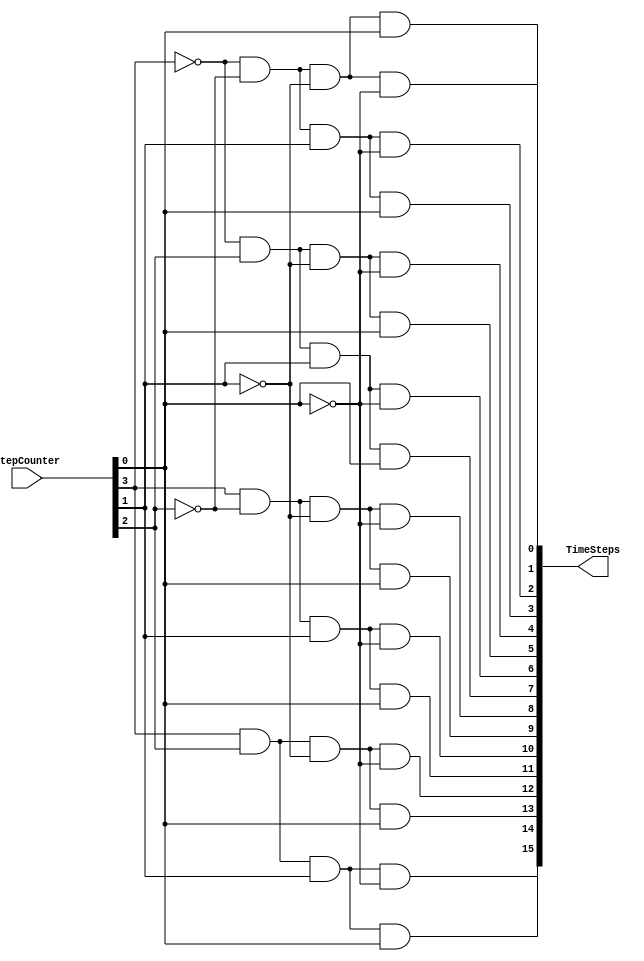
module StepDecoder(output [15:0] TimeSteps, input [3:0]StepCounter);
		
		and and1(TimeSteps[0], ~StepCounter[3], ~StepCounter[2], ~StepCounter[1], ~StepCounter[0]);
		and and2(TimeSteps[1], ~StepCounter[3], ~StepCounter[2], ~StepCounter[1], StepCounter[0]);
		and and3(TimeSteps[2], ~StepCounter[3], ~StepCounter[2], StepCounter[1], ~StepCounter[0]);
		and and4(TimeSteps[3], ~StepCounter[3], ~StepCounter[2], StepCounter[1], StepCounter[0]);
		and and5(TimeSteps[4], ~StepCounter[3], StepCounter[2], ~StepCounter[1], ~StepCounter[0]);
		and and6(TimeSteps[5], ~StepCounter[3], StepCounter[2], ~StepCounter[1], StepCounter[0]);
		and and7(TimeSteps[6], ~StepCounter[3], StepCounter[2], StepCounter[1], ~StepCounter[0]);
		and and8(TimeSteps[7], ~StepCounter[3], StepCounter[2], StepCounter[1], StepCounter[0]);
		and and9(TimeSteps[8], StepCounter[3], ~StepCounter[2], ~StepCounter[1], ~StepCounter[0]);
		and and10(TimeSteps[9], StepCounter[3], ~StepCounter[2], ~StepCounter[1], StepCounter[0]);
		and and11(TimeSteps[10], StepCounter[3], ~StepCounter[2], StepCounter[1], ~StepCounter[0]);
		and and12(TimeSteps[11], StepCounter[3], ~StepCounter[2], StepCounter[1], StepCounter[0]);
		and and13(TimeSteps[12], StepCounter[3], StepCounter[2], ~StepCounter[1], ~StepCounter[0]);
		and and14(TimeSteps[13], StepCounter[3], StepCounter[2], ~StepCounter[1], StepCounter[0]);
		and and15(TimeSteps[14], StepCounter[3], StepCounter[2], StepCounter[1], ~StepCounter[0]);		
		and and16(TimeSteps[15], StepCounter[3], StepCounter[2], StepCounter[1], StepCounter[0]);		


endmodule